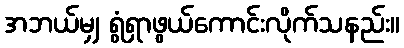
အဘယ်မျှ ရွံရှာဖွယ်ကောင်းလိုက်သနည်း။